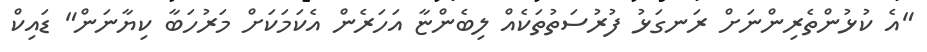
"އެ ކުޅުންތެރިންނަށް ރަނގަޅު ފުރުސަތުތަކެއް ލިބެންޏާ އަހަރެން އެކަމަކަށް މަރުހަބާ ކިޔާނަން" ޑައިކް